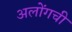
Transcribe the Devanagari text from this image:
अलोंगची